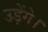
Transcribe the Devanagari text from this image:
उड़ेंगे।